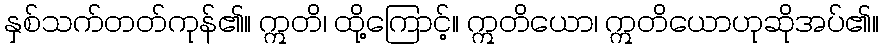
နှစ်သက်တတ်ကုန်၏။ ဣတိ၊ ထို့ကြောင့်။ ဣတိယော၊ ဣတိယောဟုဆိုအပ်၏။